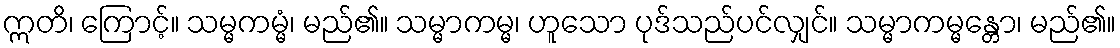
ဣတိ၊ ကြောင့်။ သမ္မကမ္မံ၊ မည်၏။ သမ္မာကမ္မ၊ ဟူသော ပုဒ်သည်ပင်လျှင်။ သမ္မာကမ္မန္တော၊ မည်၏။